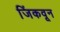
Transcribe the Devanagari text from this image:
जिंकवून